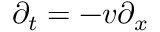
\partial _ { t } = - v \partial _ { x }